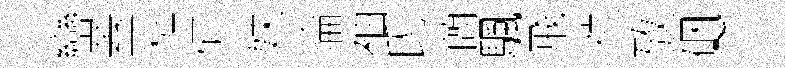
巒蓋粧何妹淪袖氏蕳颿飛禎攷硱~